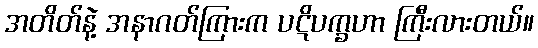
အတိတ်နဲ့ အနာဂတ်ကြားက ပဋိပက္ခဟာ ကြီးလားတယ်။